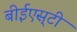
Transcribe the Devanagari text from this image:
बीईएस्‌टी